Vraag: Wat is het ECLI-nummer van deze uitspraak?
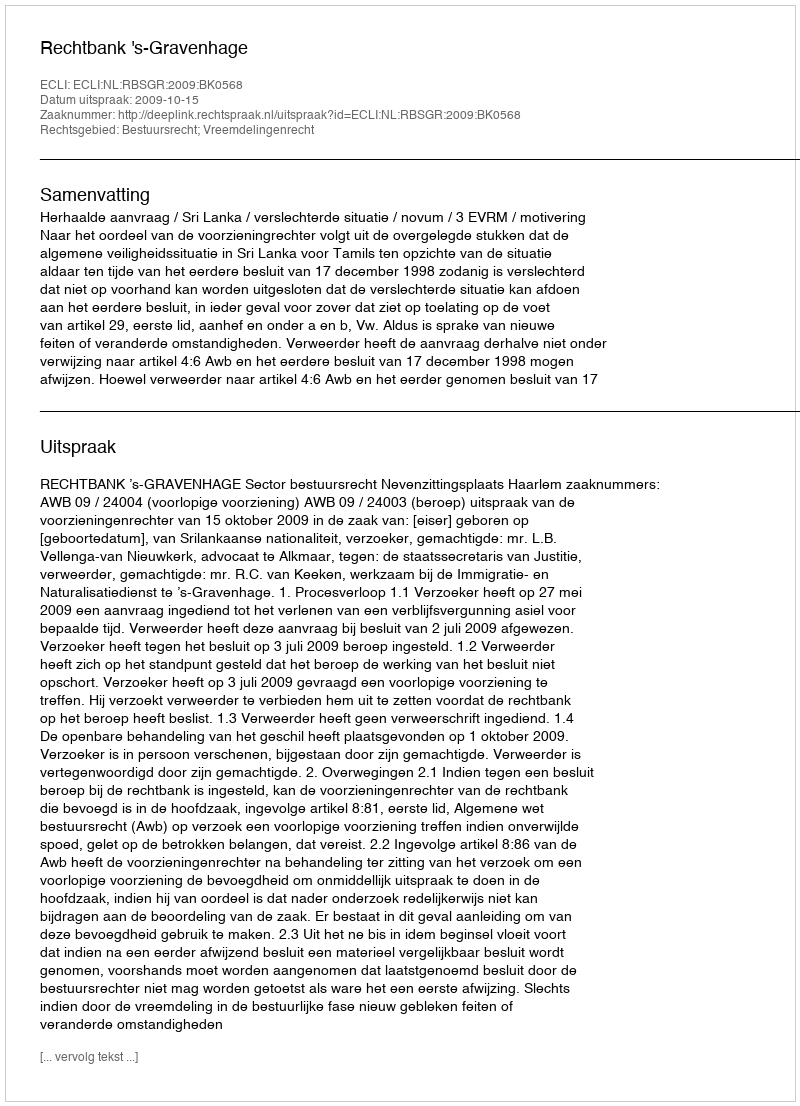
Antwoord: ECLI:NL:RBSGR:2009:BK0568